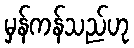
မှန်ကန်သည်ဟု